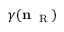
\gamma ( { \bf n } _ { \mathrm { ~ \tiny ~ R ~ } } )